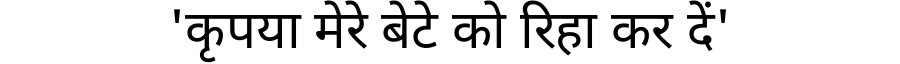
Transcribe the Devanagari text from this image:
'कृपया मेरे बेटे को रिहा कर दें'